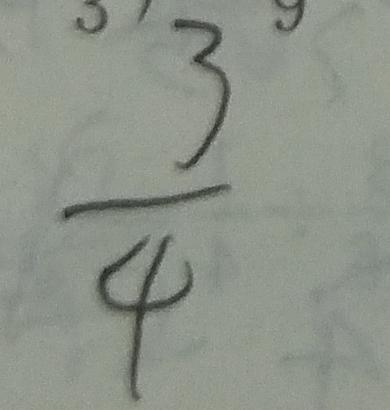
\frac { 3 } { 4 }